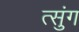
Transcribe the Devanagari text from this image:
त्सुंग